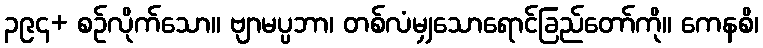
၃၉၄+ စဉ်လိုက်သော။ ဗျာမပ္ပဘာ၊ တစ်လံမျှသောရောင်ခြည်တော်ကို။ ကေနစိ၊